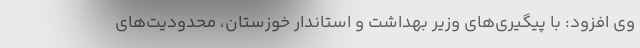
وی افزود: با پیگیری‌های وزیر بهداشت و استاندار خوزستان، محدودیت‌های